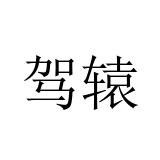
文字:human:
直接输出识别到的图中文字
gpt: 驾辕